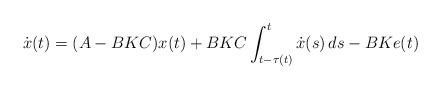
LaTeX: \begin{align*}\dot x(t)=(A-BKC)x(t)+BKC\int_{t-\tau(t)}^t\dot x(s)\,ds-BKe(t)\end{align*}